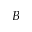
B